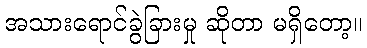
အသားရောင်ခွဲခြားမှု ဆိုတာ မရှိတော့။